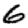
Digit: 6